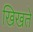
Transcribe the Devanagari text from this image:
खिखते